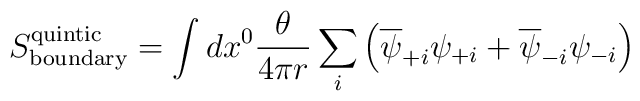
S^{\rm quintic}_{\rm boundary}=\int dx^0\frac{\theta}{4\pi r}\sum_i\left(\overline{\psi}_{+i}\psi_{+i}+\overline{\psi}_{-i} \psi_{-i}\right)